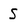
Character: S